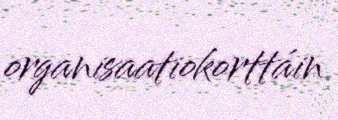
organisaatiokorttáin